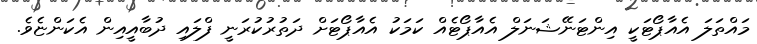
މައްތަލަ އެއާޕޯޓަކީ އިންޓަނޭޝަނަލް އެއާޕޯޓެއް ކަމަކު އެއާޕޯޓަށް ދަތުރުކުރަނީ ފްލައި ދުބާއީއިން އެކަންޏެވެ.